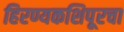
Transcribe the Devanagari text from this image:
हिरण्यकशिपूरचा